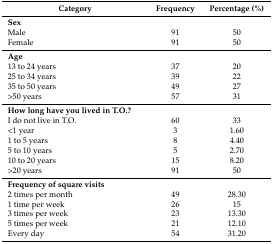
<table><thead><tr><td><b>Category</b></td><td><b>Frequency</b></td><td><b>Percentage (%)</b></td></tr></thead><tbody><tr><td><b>Sex</b></td><td></td><td></td></tr><tr><td>Male</td><td>91</td><td>50</td></tr><tr><td>Female</td><td>91</td><td>50</td></tr><tr><td><b>Age</b></td><td></td><td></td></tr><tr><td>13 to 24 years</td><td>37</td><td>20</td></tr><tr><td>25 to 34 years</td><td>39</td><td>22</td></tr><tr><td>35 to 50 years</td><td>49</td><td>27</td></tr><tr><td>&gt;50 years</td><td>57</td><td>31</td></tr><tr><td><b>How long have you lived in T.O.?</b></td><td></td><td></td></tr><tr><td>I do not live in T.O.</td><td>60</td><td>33</td></tr><tr><td>&lt;1 year</td><td>3</td><td>1.60</td></tr><tr><td>1 to 5 years</td><td>8</td><td>4.40</td></tr><tr><td>5 to 10 years</td><td>5</td><td>2.70</td></tr><tr><td>10 to 20 years</td><td>15</td><td>8.20</td></tr><tr><td>&gt;20 years</td><td>91</td><td>50</td></tr><tr><td><b>Frequency of square visits</b></td><td></td><td></td></tr><tr><td>2 times per month</td><td>49</td><td>28.30</td></tr><tr><td>1 time per week</td><td>26</td><td>15</td></tr><tr><td>3 times per week</td><td>23</td><td>13.30</td></tr><tr><td>5 times per week</td><td>21</td><td>12.10</td></tr><tr><td>Every day</td><td>54</td><td>31.20</td></tr></tbody></table>